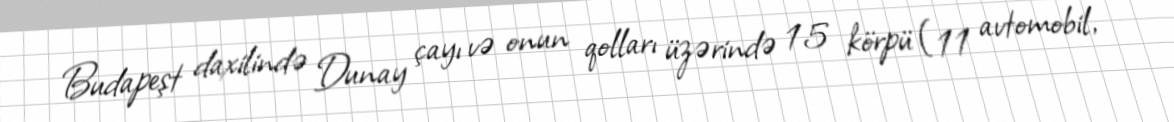
Budapeşt daxilində Dunay çayı və onun qolları üzərində 15 körpü (11 avtomobil,